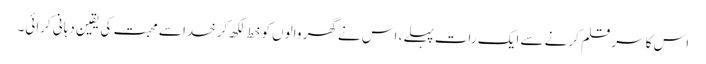
اس کا سر قلم کرنے سے ایک رات پہلے، اس نے گھر والوں کو خط لکھ کر خدا سے محبت کی یقین دہانی کرائی۔